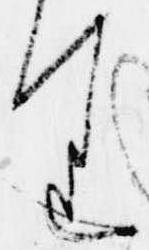
り